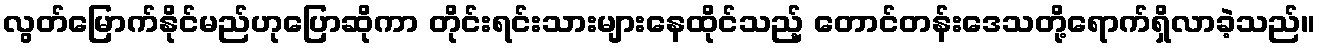
လွတ်မြောက်နိုင်မည်ဟုပြောဆိုကာ တိုင်းရင်းသားများနေထိုင်သည့် တောင်တန်းဒေသတို့ရောက်ရှိလာခဲ့သည်။